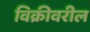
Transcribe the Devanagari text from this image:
विक्रीवरील